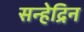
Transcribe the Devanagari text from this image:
सन्हेद्रिन